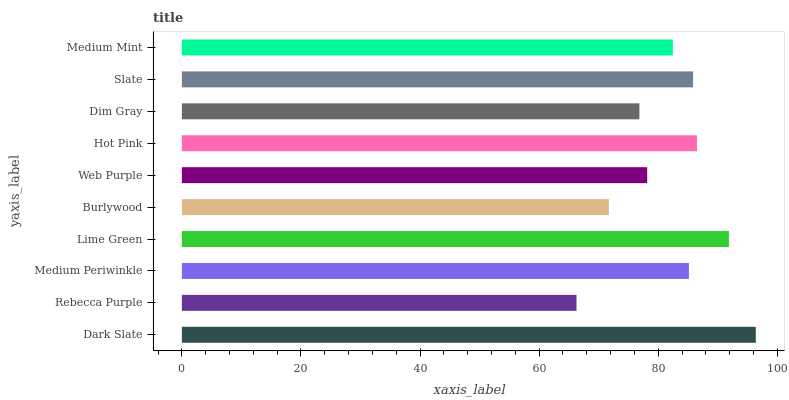
| yaxis_label | bars |
 | --- | --- |
 | Dark Slate | 96.4 |
 | Rebecca Purple | 66.3 |
 | Medium Periwinkle | 85.2 |
 | Lime Green | 91.9 |
 | Burlywood | 71.7 |
 | Web Purple | 78.1 |
 | Hot Pink | 86.5 |
 | Dim Gray | 76.8 |
 | Slate | 85.8 |
 | Medium Mint | 82.5 |